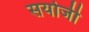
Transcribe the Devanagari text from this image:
सयोजी